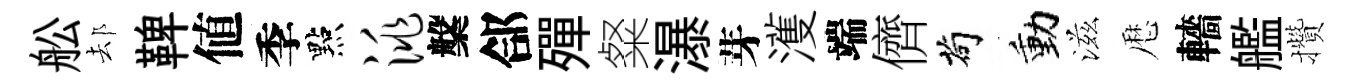
舩𨚫鞞値季點洮槃郃殫粲瀑芽濩端儕茍動滋厯轖艦攢